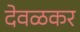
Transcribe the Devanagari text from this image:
देवळकर